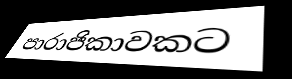
පාරාජිකාවකට